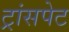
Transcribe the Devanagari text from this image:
ट्रांसपेट